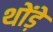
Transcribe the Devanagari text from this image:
थोंड़े